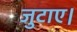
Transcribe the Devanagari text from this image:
जुटाए।